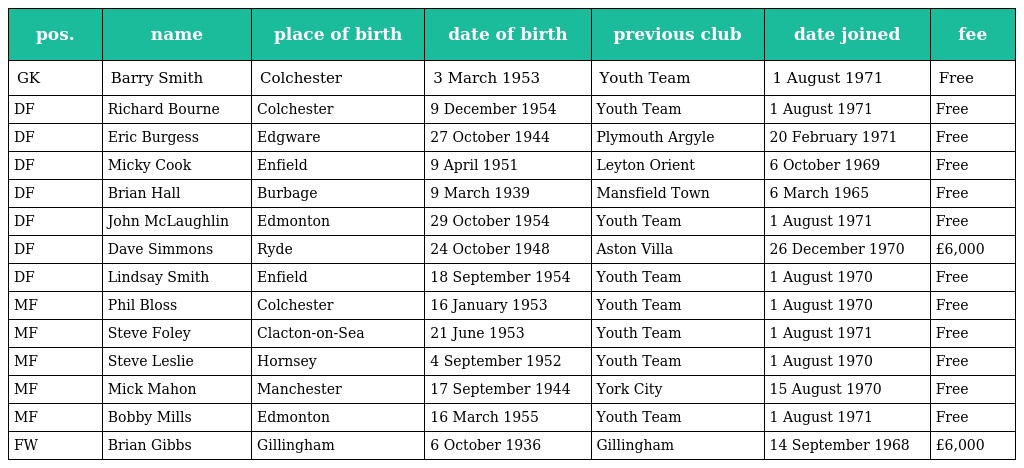
| pos. | name | place of birth | date of birth | previous club | date joined | fee |
 | --- | --- | --- | --- | --- | --- | --- |
 | GK | Barry Smith | Colchester | 3 March 1953 | Youth Team | 1 August 1971 | Free |
 | DF | Richard Bourne | Colchester | 9 December 1954 | Youth Team | 1 August 1971 | Free |
 | DF | Eric Burgess | Edgware | 27 October 1944 | Plymouth Argyle | 20 February 1971 | Free |
 | DF | Micky Cook | Enfield | 9 April 1951 | Leyton Orient | 6 October 1969 | Free |
 | DF | Brian Hall | Burbage | 9 March 1939 | Mansfield Town | 6 March 1965 | Free |
 | DF | John McLaughlin | Edmonton | 29 October 1954 | Youth Team | 1 August 1971 | Free |
 | DF | Dave Simmons | Ryde | 24 October 1948 | Aston Villa | 26 December 1970 | £6,000 |
 | DF | Lindsay Smith | Enfield | 18 September 1954 | Youth Team | 1 August 1970 | Free |
 | MF | Phil Bloss | Colchester | 16 January 1953 | Youth Team | 1 August 1970 | Free |
 | MF | Steve Foley | Clacton-on-Sea | 21 June 1953 | Youth Team | 1 August 1971 | Free |
 | MF | Steve Leslie | Hornsey | 4 September 1952 | Youth Team | 1 August 1970 | Free |
 | MF | Mick Mahon | Manchester | 17 September 1944 | York City | 15 August 1970 | Free |
 | MF | Bobby Mills | Edmonton | 16 March 1955 | Youth Team | 1 August 1971 | Free |
 | FW | Brian Gibbs | Gillingham | 6 October 1936 | Gillingham | 14 September 1968 | £6,000 |